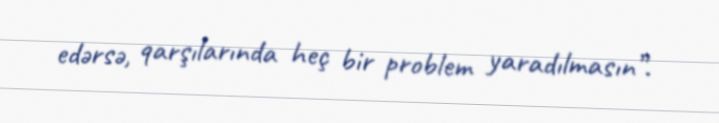
edərsə, qarşılarında heç bir problem yaradılmasın”.